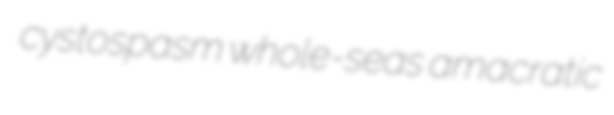
cystospasm whole-seas amacratic